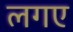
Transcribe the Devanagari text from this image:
लगए